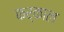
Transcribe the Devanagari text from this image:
कर्काल